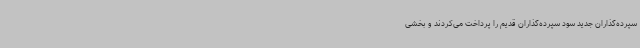
سپرده‌گذاران جدید سود سپرده‌گذاران قدیم را پرداخت می‌کردند و بخشی